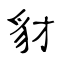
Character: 豺